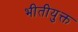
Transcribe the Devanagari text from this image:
भीतीयुक्त